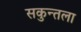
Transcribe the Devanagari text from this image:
सकुन्तला